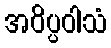
အဝိပ္ပဝါသံ